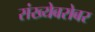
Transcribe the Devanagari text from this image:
संख्येबरोबर